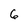
Character: 6